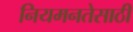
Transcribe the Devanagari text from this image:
नियमनतेसाठी